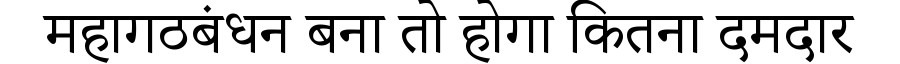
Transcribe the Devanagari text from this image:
महागठबंधन बना तो होगा कितना दमदार